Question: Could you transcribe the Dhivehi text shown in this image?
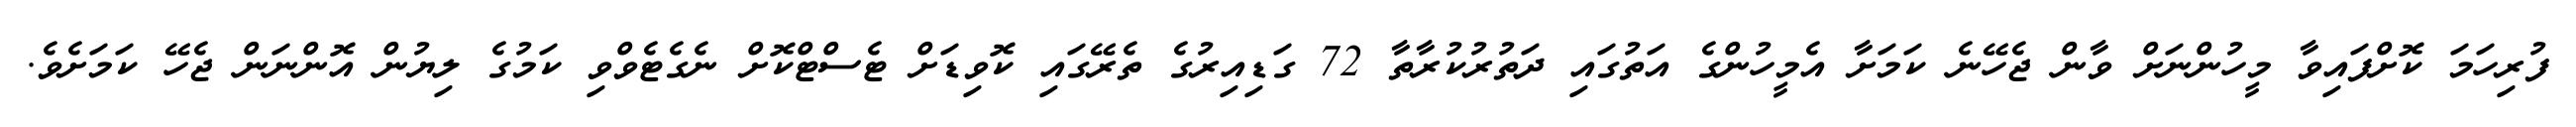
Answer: ފުރިހަމަ ކޮށްފައިވާ މީހުންނަށް ވާން ޖެހޭނެ ކަމަށާ އެމީހުންގެ އަތުގައި ދަތުރުކުރާތާ 72 ގަޑިއިރުގެ ތެރޭގައި ކޮވިޑަށް ޓެސްޓްކޮށް ނެގެޓެވްވި ކަމުގެ ލިޔުން އޮންނަން ޖެހޭ ކަމަށެވެ.